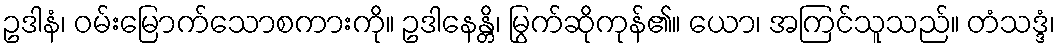
ဥဒါနံ၊ ဝမ်းမြောက်သောစကားကို။ ဥဒါနေန္တိ၊ မြွက်ဆိုကုန်၏။ ယော၊ အကြင်သူသည်။ တံသဒ္ဒံ၊